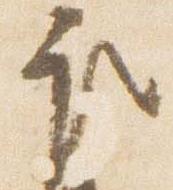
取